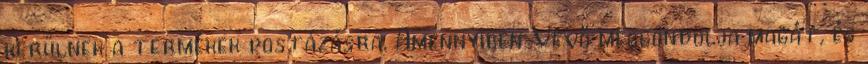
kerülnek a termékek postázásra. Amennyiben Vevő meggondolja magát, és